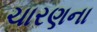
ચારણના